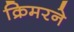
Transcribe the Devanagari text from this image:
क्रिमरने